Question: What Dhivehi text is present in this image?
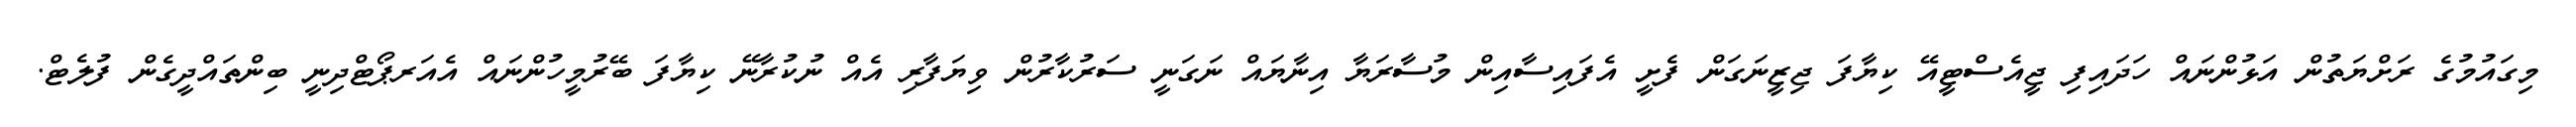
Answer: މިގައުމުގެ ރަށްޔަތުން އަޅުންނައް ހަދައިފި ޖީއެސްޓީއޭ ކިޔާފަ ޖިޒީނަގަން ފެށީ އެފައިސާއިން މުސާރަޔާ އިނާޔައް ނަގަނީ ސަރުކާރުން ވިޔަފާރި އެއް ނުކުރާނޭ ކިޔާފަ ބޭރުމީހުންނައް އެއަރޕޯޓްދިނީ ބިންތައްދީގެން ފުލެޓް.